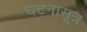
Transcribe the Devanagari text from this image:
घटनासूत्र